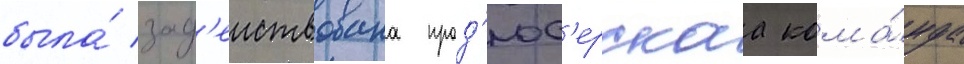
была́ зад'еиствована прод'юс'ерскаа кома́нда